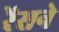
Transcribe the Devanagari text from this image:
रेंसने